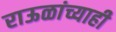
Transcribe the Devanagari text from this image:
राऊळांच्याही